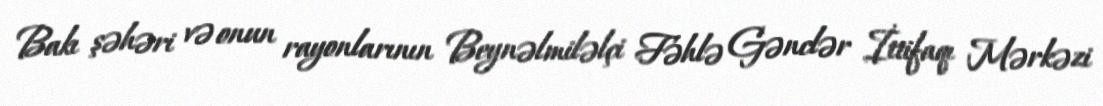
Bakı şəhəri və onun rayonlarının Beynəlmiləlçi Fəhlə Gənclər İttifaqı Mərkəzi